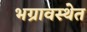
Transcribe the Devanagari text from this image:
भग्रावस्थेत